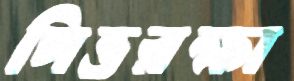
পিত্তরক্ষা